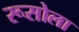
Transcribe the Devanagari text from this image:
रूसोला